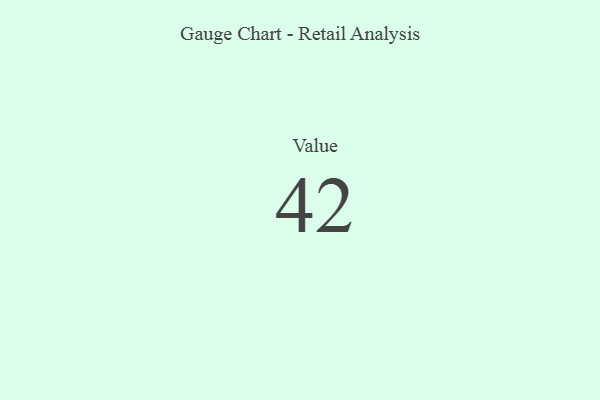
{"axis": {"x": "Metric", "y": "Value"}, "legend": [""], "data": [{"x": "Value", "y": 42, "type": ""}]}